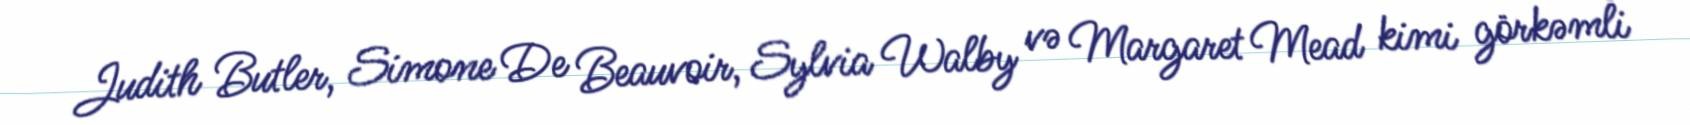
Judith Butler, Simone De Beauvoir, Sylvia Walby və Margaret Mead kimi görkəmli